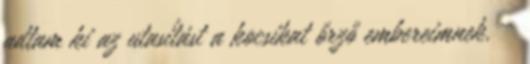
adtam ki az utasítást a kocsikat őrző embereimnek. –